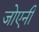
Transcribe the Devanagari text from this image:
जोएनी